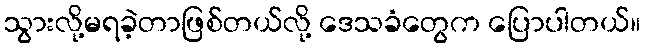
သွားလို့မရခဲ့တာဖြစ်တယ်လို့ ဒေသခံတွေက ပြောပါတယ်။